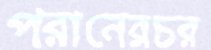
পরানেরচর